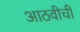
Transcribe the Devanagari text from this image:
आठवीची